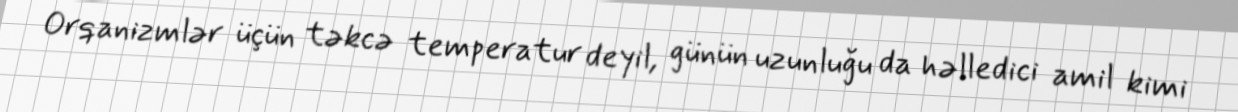
Orqanizmlər üçün təkcə temperatur deyil, günün uzunluğu da həlledici amil kimi